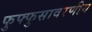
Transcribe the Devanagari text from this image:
फुफ्फुसावरणीय